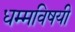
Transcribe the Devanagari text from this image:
धम्मविषयी